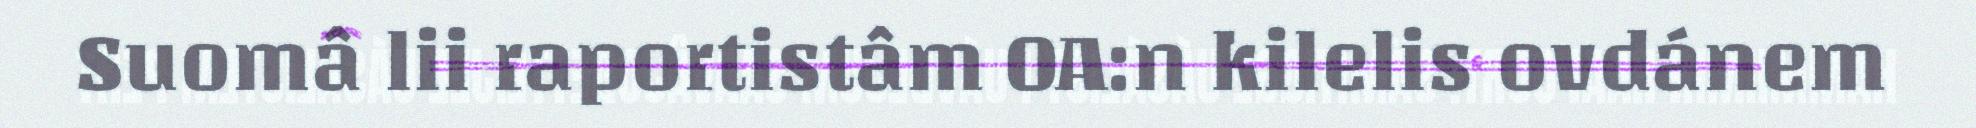
Suomâ lii raportistâm OA:n kilelis ovdánem